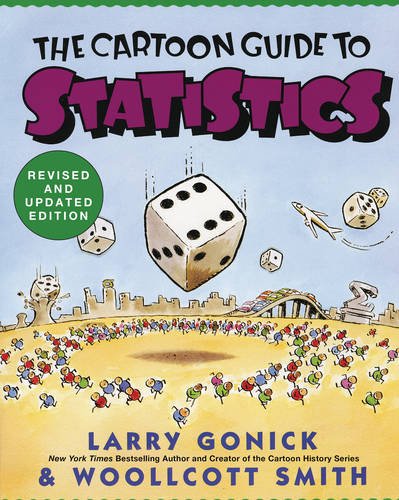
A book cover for The Cartoon Guide to Statistics; Larry Gonick; Test Preparation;